Lunatic asylums Central Provinces reports 1910-1926 - 1910-1926
Year: 1910
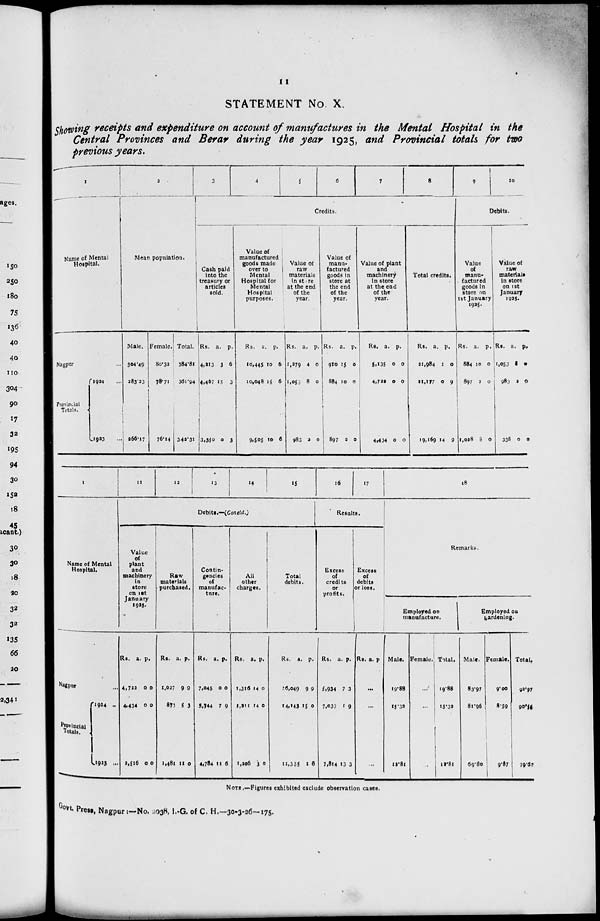
11
STATEMENT No. X.
Showing receipts and expenditure on account of manufactures in the Mental Hospital in the
Central Provinces and Berar during the year 1925, and Provincial totals for two
previous years.
1
Name of Mental
Hospital.
Nagpur ...
Provincial
Totals.
1924 ...
1923 ...
2
Mean population.
Male.
304.49
283.23
266.17
Female.
80.32
78.71
76.14
Total.
384.81
361.94
342.31
3
4
5
6
7
8
Credits.
Cash paid
into the
treasury or
articles
sold.
Rs.
4,213
4,467
3,350
a.
3
15
0
p.
6
3
3
Value of
manufactured
goods made
over to
Mental
Hospital for
Mental
Hospital
purposes.
Rs.
10,445
10,048
9,505
a.
10
15
10
p.
6
6
6
Value of
raw
materials
in store
at the end
of the
year.
Rs.
1,279
1,053
983
a.
4
8
2
p.
0
0
0
Value of
manu-
factured
goods in
store at
the end
of the
year.
Rs.
910
884
897
a.
15
10
2
p.
0
0
0
Value of plant
and
machinery
in store
at the end
of the
year.
Rs.
5,135
4,722
4,434
a.
0
0
0
p.
0
0
0
Total credits.
Rs.
21,984
21,177
19,169
a.
1
0
14
p.
0
9
9
9
10
Debits.
Value
of
manu-
factured
goods in
store on
1st January
1925.
Rs.
884
897
1,028
a.
10
2
8
p.
0
0
0
Value of
raw
materials
in store
on 1st
January
1925.
Rs.
1,053
983
338
a.
8
2
0
p.
0
0
0
1
Name of Mental
Hospital.
Nagpur ...
Provincial
Totals.
1924 ...
1923 ...
11
12
13
14
15
Debits.—(Concld.)
Value
of
plant
and
machinery
in
store
on 1st
January
1925.
Rs.
4,722
4,434
2,516
a.
0
0
0
p.
0
0
0
Raw
materials
purchased.
Rs.
1,027
873
1,481
a.
9
5
11
p.
9
3
0
Contin-
gencies
manufac-
ture.
Rs.
7,045
5,744
4,784
a.
0
7
11
p.
0
9
6
All
other
charges.
Rs.
1,316
1,211
1,206
a.
14
14
3
p.
0
0
0
Total
debits.
Rs.
26,049
14,143
11,355
a.
9
15
1
p.
9
0
6
16
17
Results.
Excess
of
credits
or
profits.
Rs.
5,934
7,033
7,814
a.
7
1
13
p.
3
9
3
Excess
of
debits
or loss.
Rs. a.
p.
...
...
...
18
Remarks.
Employed on
manufacture.
Male.
19.88
15.32
12.81
Female.
...
...
...
Total.
19.88
15.32
12.81
Employed on
gardening.
Male.
83.97
81.96
69.80
Female.
9.00
8.59
9.87
Total.
92.97
90.55
79.07
NOTE.—Figures exhibited exclude observation cases.
Govt. Press, Nagpur :—No. 2038, I.-G. of C. H.—30-3-26—175.